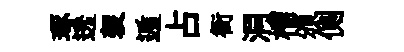
琢透袈遁占衙洞榴頒側